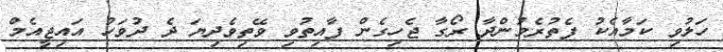
ހަލުވި ކަމާއެކު ފެތުރެމުންދާ ރޯގާ ޖެހިގެން ފާއިތުވި ވޭތިވެދިޔަ ދެ ދުވަހު އައިޖީއެމް